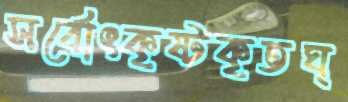
সর্বোৎকৃষ্টকৃতঘ্